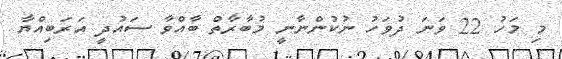
މި މަހު 22 ވަނަ ދުވަހު ނުކުންނާނީ މުބާރާތް ބާއްވާ ސައުދީ އަރަބިއްޔާ